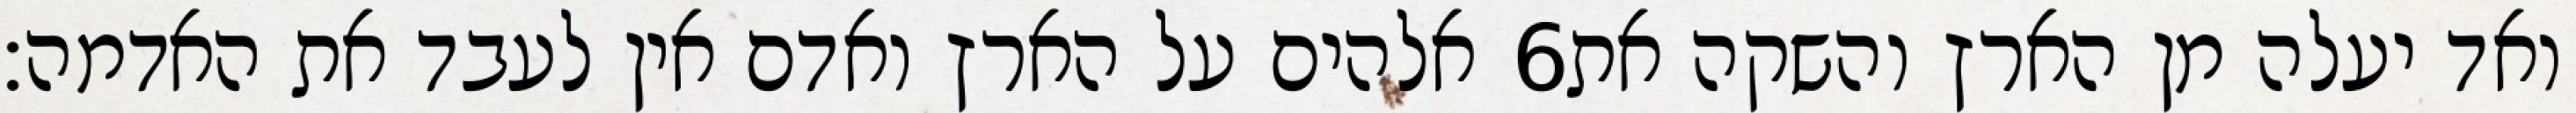
אלהים על הארץ ואדם אין לעבד את האדמה׃ ‎6‏ ואד יעלה מן הארץ והשקה את